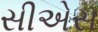
સીએસ